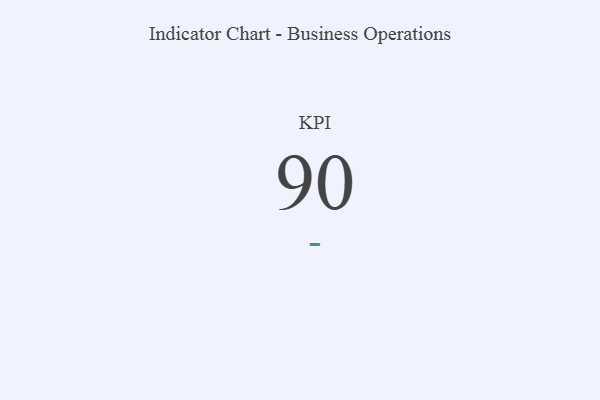
{"axis": {"x": "KPI", "y": "Value"}, "legend": [""], "data": [{"x": "KPI", "y": 90, "type": ""}]}